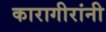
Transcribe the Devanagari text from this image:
कारागीरांनी